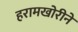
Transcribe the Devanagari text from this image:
हरामखोरीने